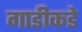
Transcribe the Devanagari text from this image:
गाडीकडे